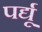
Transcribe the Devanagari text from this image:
पर्द्यू